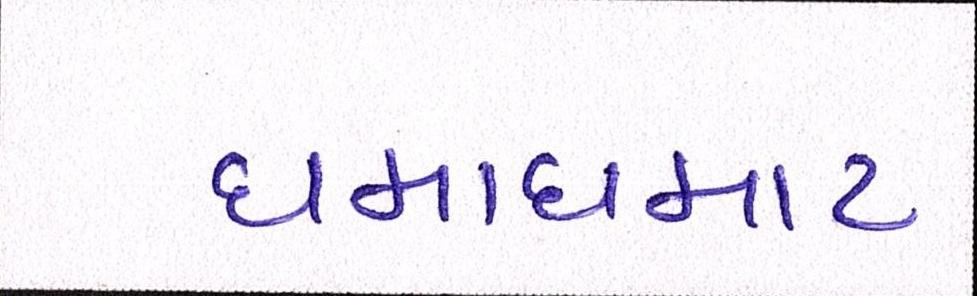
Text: ધમાધમાટ